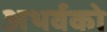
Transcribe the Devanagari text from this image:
अथर्वको